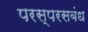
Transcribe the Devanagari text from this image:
परस्परसबंध